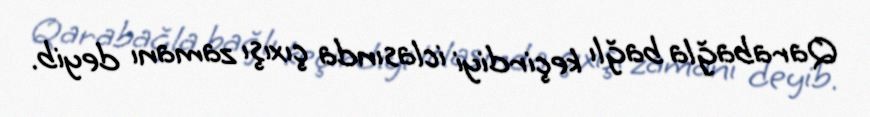
Qarabağla bağlı keçirdiyi iclasında çıxışı zamanı deyib.